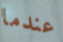
عندما